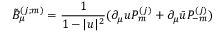
\tilde { B } _ { \mu } ^ { ( j ; m ) } = \frac { 1 } { 1 - | u | ^ { 2 } } ( \partial _ { \mu } u P _ { m } ^ { ( j ) } + \partial _ { \mu } \bar { u } P _ { - m } ^ { ( j ) } )